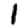
Digit: 1